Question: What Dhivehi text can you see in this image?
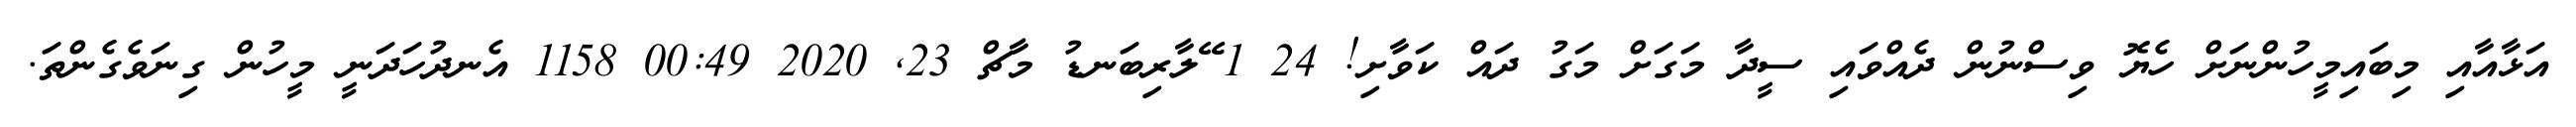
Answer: އަޅާއާއި މިބައިމީހުންނަށް ހެޔޮ ވިސްނުން ދެއްވައި ސީދާ މަގަށް މަގު ދައް ކަވާށި! 24 1 ޭލާރިބަނޑު މާޗް 23, 2020 00:49 1158 އެނދުހަދަނީ މީހުން ގިނަވެގެންތަ.